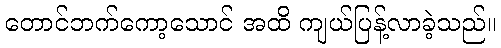
တောင်ဘက်ကော့သောင် အထိ ကျယ်ပြန့်လာခဲ့သည်။